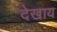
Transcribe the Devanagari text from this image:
देखाय